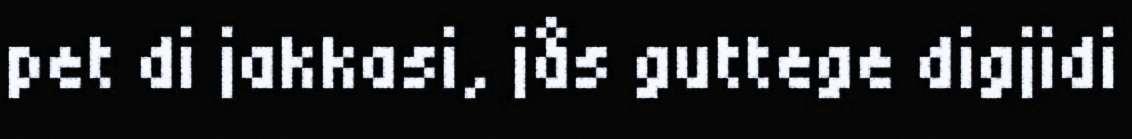
pet di jakkasi, jås guttege digjidi